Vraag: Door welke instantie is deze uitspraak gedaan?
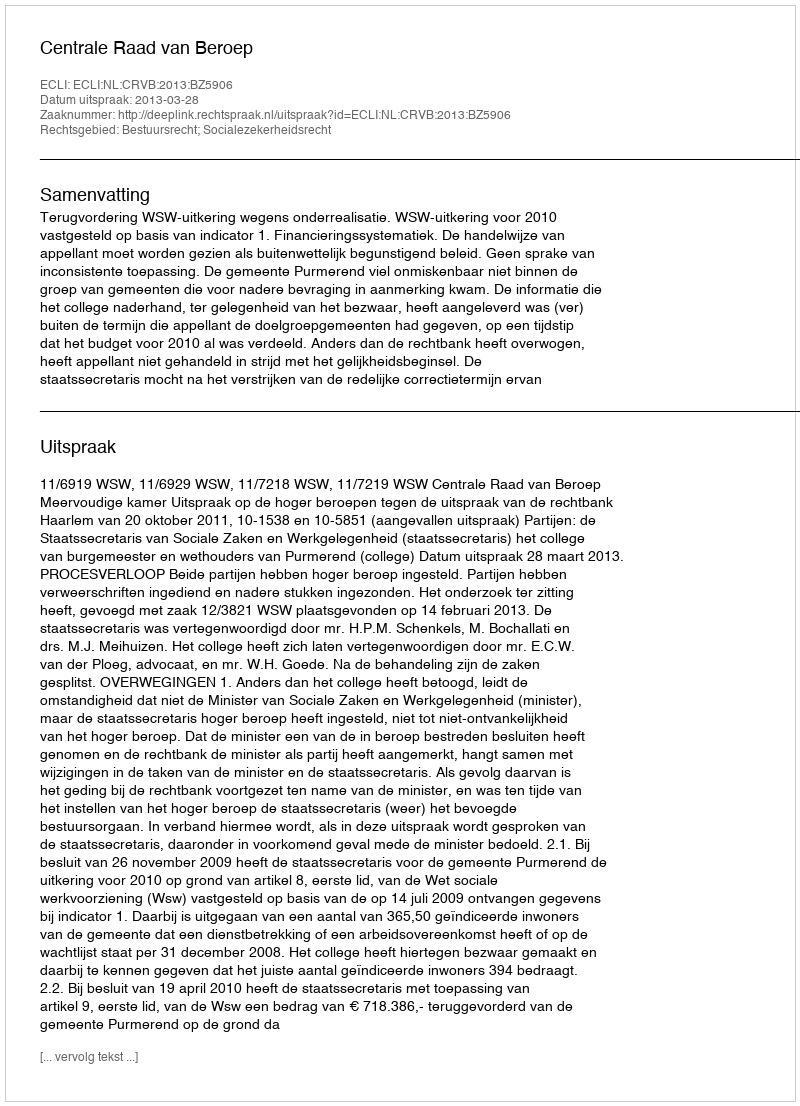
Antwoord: Centrale Raad van Beroep